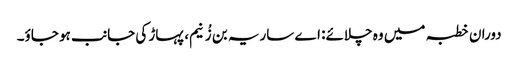
دوران خطبہ میں وہ چلائے: اے ساریہ بن زُنیم، پہاڑ کی جانب ہو جاؤ۔